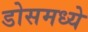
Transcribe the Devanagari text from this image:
डोसमध्ये